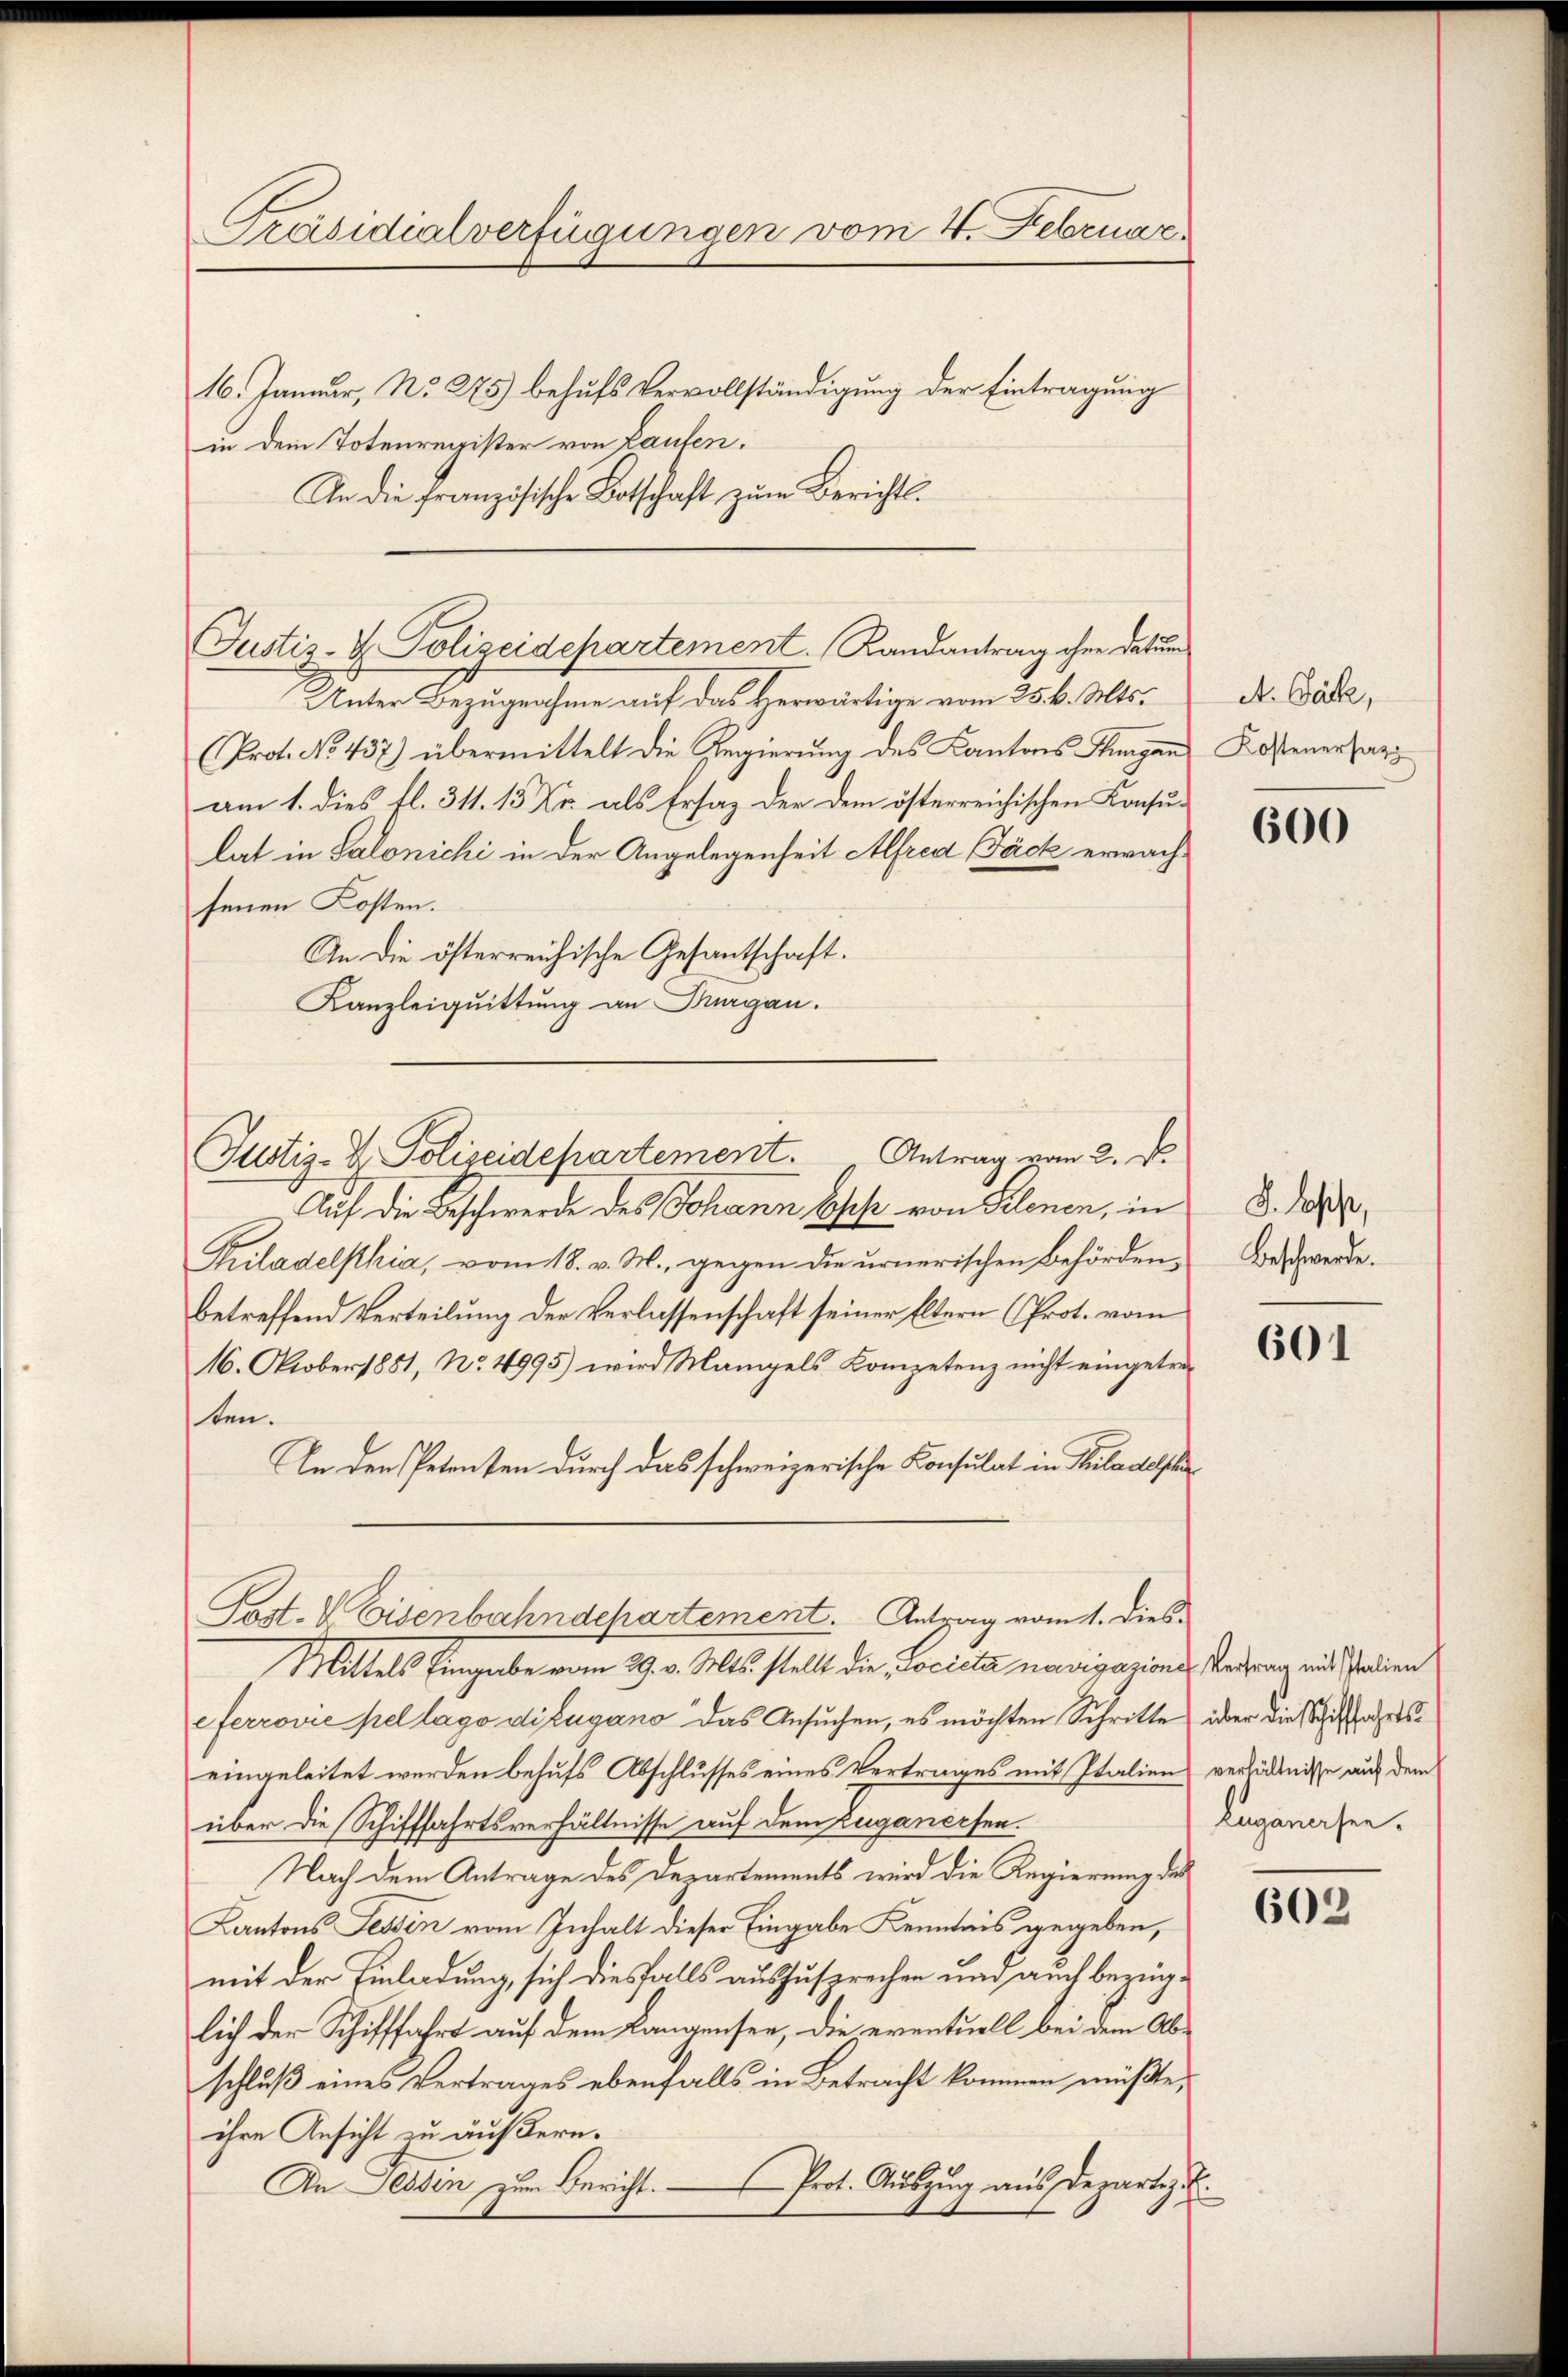
Präsidialverfügungen vom 4. Februar
16. Januar, No 275) behufs Vervollständigung der Eintragung
in dem Totenregister von Laufen.

An die französische Botschaft zum Berichts¬
Justiz- & Polizeidepartement. Randantrag ohne datum
Unter Bezugnahme auf das Herwärtige vom 25. k. Mts.
(Prot. No. 437) übermittelt die Regierung des Kantons Hungan
am 1. dies fl. 311. 15 Xr. als Ersatz der dem österreichischen Konsu-
lat in Salonichi in der Angelegenheit Alfred Jäck erwachsenen Kosten.
An die österreichische Gesantschaft.
Kanzleiquittung an Burgau.
Justiz-Dr. Polizeidepartement. Antrag vom 2. d.
Auf die Beschwerde des Johann Esche von Klenen, in
Kriladelphia, vom 18. v. M., gegen die urnerischen Behörden,
betreffend Verteilung der Verlassenschaft seiner Eltern (Prot. vom
16. Oktober 1881, No 4995) wird Mangels Kompetenz nicht eingetresten.
An den Petenten durch das schweizerische Konsulat in Bülachelsch
Past. V Eisenbahndepartement. Antrag vom 1. Dies

Mittels Eingabe vom 29. v. Mts. stellt die „Locicta navigaziones Vertrag und Italien

eferrović pel lago di Lugano das Ansuchen, es möchten Schritte über die Wahrs
eingeleitet werden behufs Abschlusses eines Vertrages mit Italien verhältnisse auf dem
über die Schifffahrtsverhältnisse auf dem Zuganersen.
Nach dem Antrage des Departements wird die Regierung des
Kantons Tessin vom Inhalt dieser Eingabe Kenntnis gegeben,
mit der Einladung, sich diesfalls auszusprechen und auch bezüglich der Schifffahrt auf dem Langensee, die eventuell bei dem Abschluß eines Vertrages ebenfalls in Betracht kommen müßte,
ihre Ansicht zu äußern.
An Tessin zum Bericht. — Prot. Auszug aus Departez E

A. Bäke,
Kostenersatz

600

S. lopp,
Beschwerde.

601

Euganersen.

602